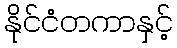
နိုင်ငံတကာနှင့်